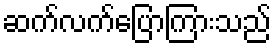
ဆက်လက်ပြောကြားသည်